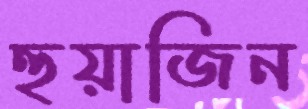
হুয়াজিন